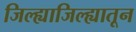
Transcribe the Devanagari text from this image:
जिल्ह्याजिल्ह्यातून